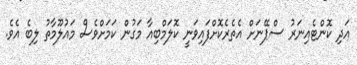
އަދި ކޮންޓެއިނަރު ސްޕޭނަށް އެތެރެކޮށްފައިވަނީ ކޮލަމްބިއާ މަގުން ކަމަށްވެސް މައުލޫމާތު ލިބެ އެވެ.